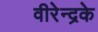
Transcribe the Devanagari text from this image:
वीरेन्द्रके